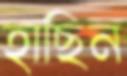
হাছিন